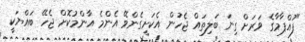
"ފުއްޕާމާގެ ވަރަށް ގިނަ ބަލިތައް ޖެހުން އެކަށީގެންވޭ އެންމެ އާންމުކޮށް ޖެހޭ ބައްޔަކީ